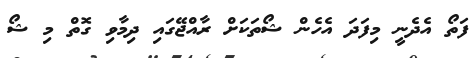
ފަތޯ އެދެނީ މިފަދަ އެހެން ޝޯތަކަށް ރާއްޖޭގައި ދިމާވި ގޮތް މި ޝޯ